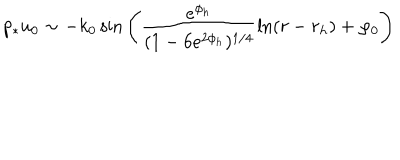
LaTeX: p _ { * } u _ { 0 } \sim - k _ { 0 } \, \mathrm { s i n } \left( \frac { e ^ { \phi _ { h } } } { ( 1 - 6 e ^ { 2 \phi _ { h } } ) ^ { 1 / 4 } } \ln ( r - r _ { h } ) + \varphi _ { 0 } \right)